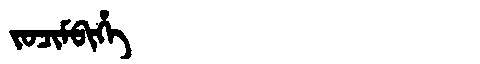
Manchu: ᠵᠣᠴᡳᠮᠪᡳᡥᡝ
Romanization: JOCIMBIHE